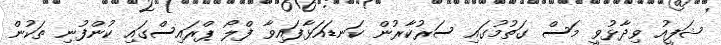
ޝަފީއު ވިދާޅުވީ މަސް ގަތުމުގައި ސަރުކާރުން ކަނޑައަޅާފައިވާ ފްލޯ ޕްރައިސްގައި ކުންފުނި ތަކުން